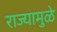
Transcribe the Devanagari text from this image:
राज्यामुळे